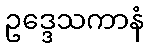
ဥဒ္ဒေသကာနံ